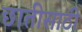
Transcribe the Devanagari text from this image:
छातीसाठी